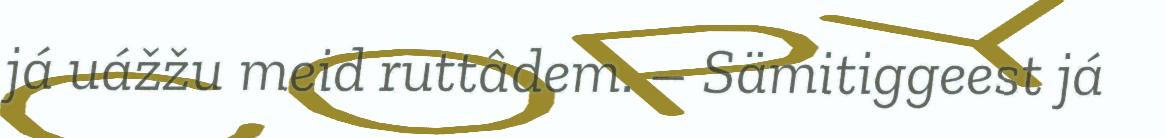
já uážžu meid ruttâdem. – Sämitiggeest já